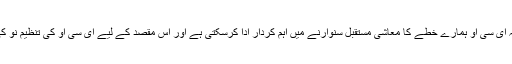
انھوں نے کہا کہ ای سی او ہمارے خطے کا معاشی مستقبل سنوارنے میں اہم کردار ادا کرسکتی ہے اور اس مقصد کے لیے ای سی او کی تنظیم نو کی ضرورت ہے۔